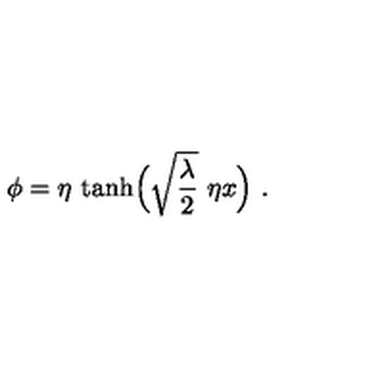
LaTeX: \phi = \eta \ { \tanh } \Bigl ( \sqrt { \frac { \lambda } { 2 } } \ \eta x \Bigr ) \ .